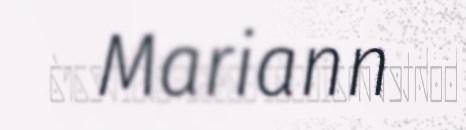
Mariann